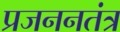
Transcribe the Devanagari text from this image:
प्रजननतंत्र